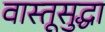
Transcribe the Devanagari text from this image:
वास्तूसुद्धा